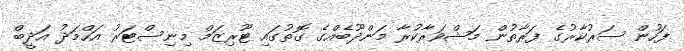
ފަހުން ސަރުކާރުގެ ފަރާތުން މަޝްވަރާކުރާ މަންދޫބެއްގެ ގޮތުގައި ޓޫރިޒަމް މިނިސްޓަރު އަހްމަދު އަދީބް